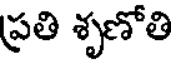
ప్రతి శృణోతి